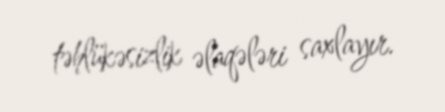
təhlükəsizlik əlaqələri saxlayır.